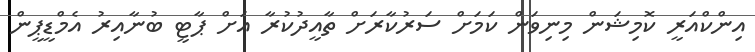
އިންކްއަރީ ކޮމިޝަން މިނިވަން ކަމަށް ސަރުކާރަށް ތާއީދުކުރާ އަށް ޕާޓީ ބުނާއިރު އެމްޑީޕީން